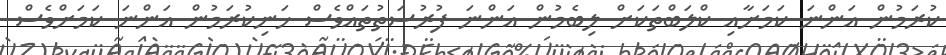
ކުރަމުން އަންނަ ކަމަށާއި ކްލަބްތަކަށް ލިބެމުން އަންނަ ފުރުސަތުތައްވެސް ހަނިކުރަމުން އަންނަ ކަމަށްވެސް